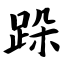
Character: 跺